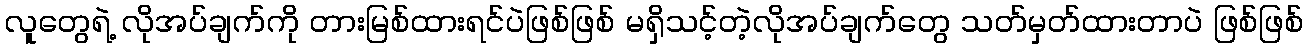
လူတွေရဲ့ လိုအပ်ချက်ကို တားမြစ်ထားရင်ပဲဖြစ်ဖြစ် မရှိသင့်တဲ့လိုအပ်ချက်တွေ သတ်မှတ်ထားတာပဲ ဖြစ်ဖြစ်